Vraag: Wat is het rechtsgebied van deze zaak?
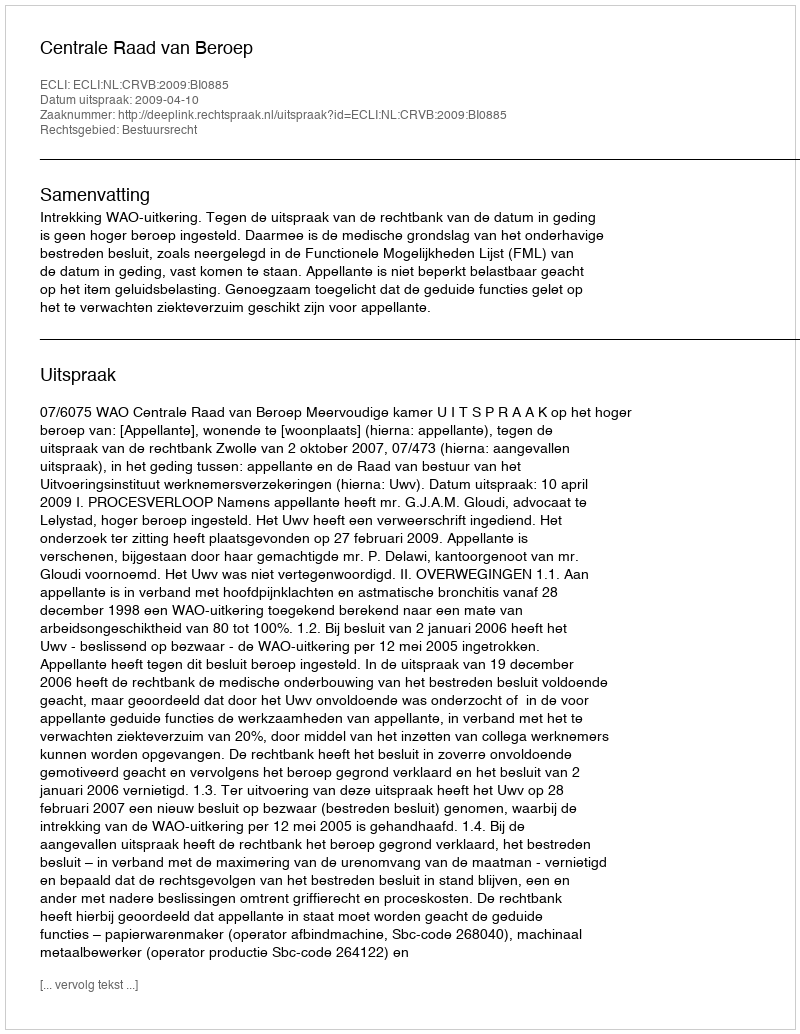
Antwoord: Bestuursrecht